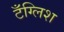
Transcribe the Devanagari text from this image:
टँग्लिश